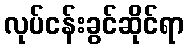
လုပ်ငန်းခွင်ဆိုင်ရာ